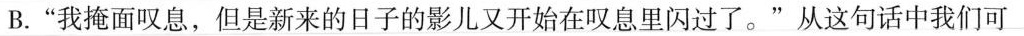
B.”我掩面叹息，但是新来的日子的影儿又开始在叹息里闪过了。”从这句话中我们可